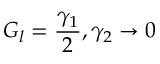
G _ { l } = \frac { \gamma _ { 1 } } { 2 } , \gamma _ { 2 } \rightarrow 0